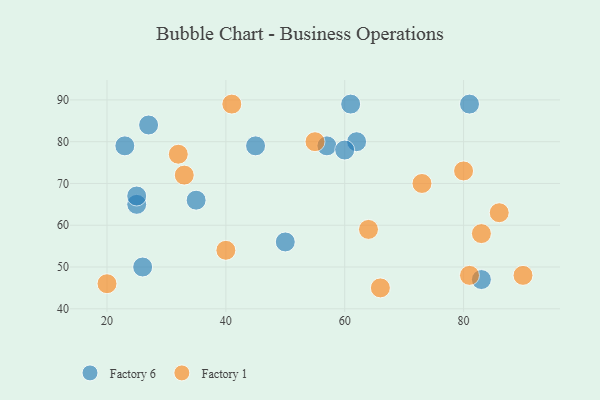
{"axis": {"x": "GDP", "y": "Life Expectancy"}, "legend": ["Factory 1", "Factory 6"], "data": [{"x": "62", "y": 80, "type": "Factory 6"}, {"x": "26", "y": 50, "type": "Factory 6"}, {"x": "25", "y": 65, "type": "Factory 6"}, {"x": "50", "y": 56, "type": "Factory 6"}, {"x": "57", "y": 79, "type": "Factory 6"}, {"x": "60", "y": 78, "type": "Factory 6"}, {"x": "61", "y": 89, "type": "Factory 6"}, {"x": "83", "y": 47, "type": "Factory 6"}, {"x": "45", "y": 79, "type": "Factory 6"}, {"x": "81", "y": 89, "type": "Factory 6"}, {"x": "35", "y": 66, "type": "Factory 6"}, {"x": "25", "y": 67, "type": "Factory 6"}, {"x": "27", "y": 84, "type": "Factory 6"}, {"x": "23", "y": 79, "type": "Factory 6"}, {"x": "20", "y": 46, "type": "Factory 1"}, {"x": "90", "y": 48, "type": "Factory 1"}, {"x": "32", "y": 77, "type": "Factory 1"}, {"x": "33", "y": 72, "type": "Factory 1"}, {"x": "80", "y": 73, "type": "Factory 1"}, {"x": "83", "y": 58, "type": "Factory 1"}, {"x": "86", "y": 63, "type": "Factory 1"}, {"x": "41", "y": 89, "type": "Factory 1"}, {"x": "73", "y": 70, "type": "Factory 1"}, {"x": "66", "y": 45, "type": "Factory 1"}, {"x": "81", "y": 48, "type": "Factory 1"}, {"x": "40", "y": 54, "type": "Factory 1"}, {"x": "55", "y": 80, "type": "Factory 1"}, {"x": "64", "y": 59, "type": "Factory 1"}]}